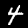
Label: 4